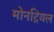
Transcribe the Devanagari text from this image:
मोनट्रियल